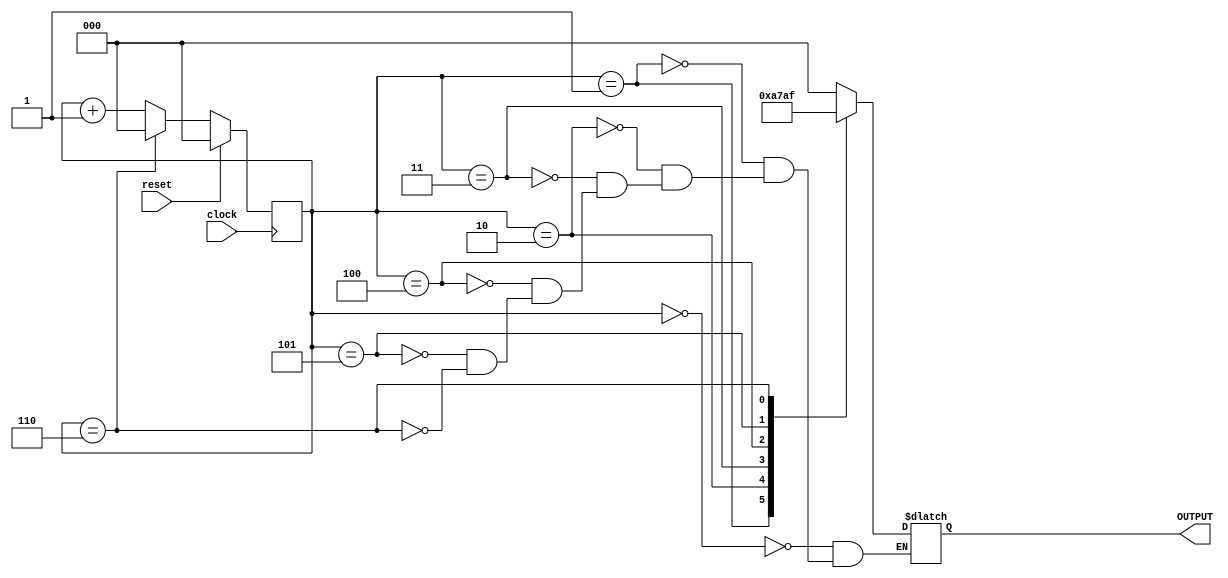
// generates an arbitrary sequence 0,1,2,3,6,5,7 and repeats the sequence
// the generation sequence is coded in the case block
module jarbitraryCounter(OUTPUT, clock, reset);
  output reg [2:0] OUTPUT;
  input clock, reset;
  reg [2:0] COUNT;
  
  always @(posedge clock)
  begin
    if(reset)
      COUNT <= 0;
    else if (COUNT == 6)
      COUNT <= 0;
    else
      COUNT <= COUNT + 1;
  end
  
  always @(COUNT)
  begin
    case(COUNT)
      3'b000 : OUTPUT <= 3'b000;
      3'b001 : OUTPUT <= 3'b001;
      3'b010 : OUTPUT <= 3'b010;
      3'b011 : OUTPUT <= 3'b011;
      3'b100 : OUTPUT <= 3'b110;
      3'b101 : OUTPUT <= 3'b101;
      3'b110 : OUTPUT <= 3'b111;
    endcase
  end
  
endmodule